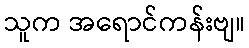
သူက အရောင်ကန်းဗျ။